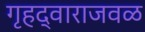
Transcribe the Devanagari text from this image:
गृहद्वाराजवळ